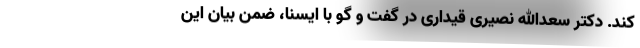
کند. دکتر سعدالله نصیری قیداری در گفت و گو با ایسنا، ضمن بیان این